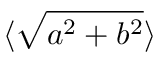
\langle \sqrt { a ^ { 2 } + b ^ { 2 } } \rangle